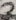
Text: 2